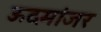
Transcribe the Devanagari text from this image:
ऊदमांजर